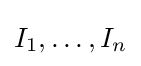
I_{1},\dots ,I_{n}